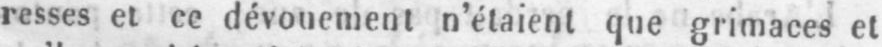
resses et ce dévouement n’étaient que grimaces et